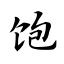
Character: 饱